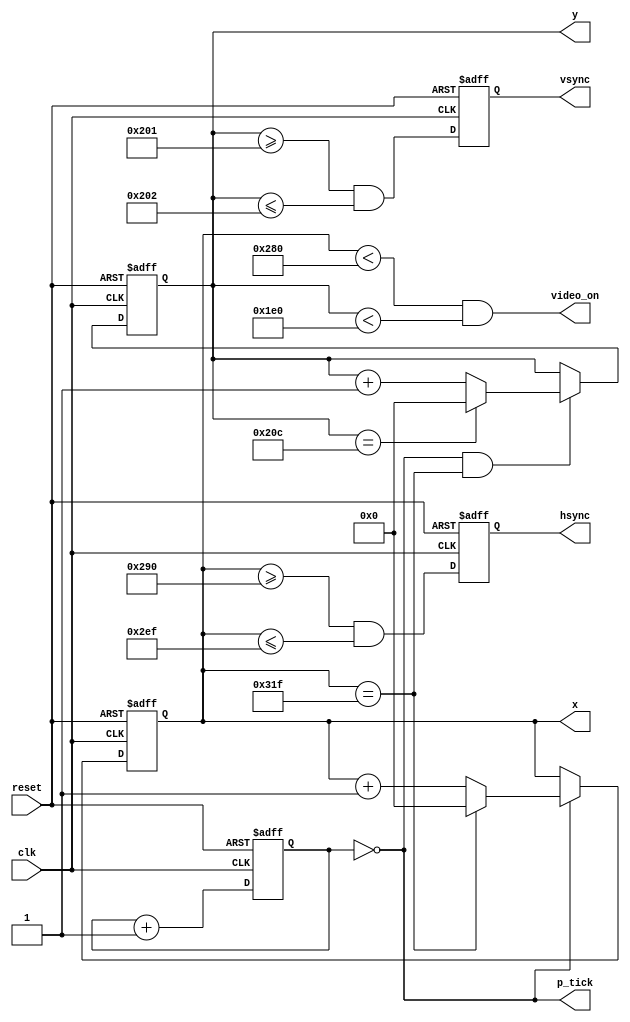
`timescale 1ns / 1ps
//////////////////////////////////////////////////////////////////////////////////
// Company: 
// Engineer: 
// 
// Design Name: 
// Module Name: vga_sync
// Project Name: 
// Target Devices: 
// Tool Versions: 
// Description: 
// 
// Dependencies: 
// 
// Revision:
// Revision 0.01 - File Created
// Additional Comments:
// 
//////////////////////////////////////////////////////////////////////////////////

// from https://embeddedthoughts.com/2016/07/29/driving-a-vga-monitor-using-an-fpga/
// there are vga_sync and vga_test
// modify something in vga_test

module vga_sync(
    input wire clk, reset,
    output wire hsync, vsync, video_on, p_tick,
    output wire [9:0] x, y
	);
	
	// constant declarations for VGA sync parameters
	localparam H_DISPLAY       = 640; // horizontal display area
	localparam H_L_BORDER      =  48; // horizontal left border
	localparam H_R_BORDER      =  16; // horizontal right border
	localparam H_RETRACE       =  96; // horizontal retrace
	localparam H_MAX           = H_DISPLAY + H_L_BORDER + H_R_BORDER + H_RETRACE - 1;
	localparam START_H_RETRACE = H_DISPLAY + H_R_BORDER;
	localparam END_H_RETRACE   = H_DISPLAY + H_R_BORDER + H_RETRACE - 1;
	
	localparam V_DISPLAY       = 480; // vertical display area
	localparam V_T_BORDER      =  10; // vertical top border
	localparam V_B_BORDER      =  33; // vertical bottom border
	localparam V_RETRACE       =   2; // vertical retrace
	localparam V_MAX           = V_DISPLAY + V_T_BORDER + V_B_BORDER + V_RETRACE - 1;
    localparam START_V_RETRACE = V_DISPLAY + V_B_BORDER;
	localparam END_V_RETRACE   = V_DISPLAY + V_B_BORDER + V_RETRACE - 1;
	
	// mod-4 counter to generate 25 MHz pixel tick
	reg [1:0] pixel_reg;
	wire [1:0] pixel_next;
	wire pixel_tick;
	
	always @(posedge clk, posedge reset)
		if(reset) pixel_reg <= 0;
		else pixel_reg <= pixel_next;
	
	assign pixel_next = pixel_reg + 1; // increment pixel_reg 
	
	assign pixel_tick = (pixel_reg == 0); // assert tick 1/4 of the time
	
	// registers to keep track of current pixel location
	reg [9:0] h_count_reg, h_count_next, v_count_reg, v_count_next;
	
	// register to keep track of vsync and hsync signal states
	reg vsync_reg, hsync_reg;
	wire vsync_next, hsync_next;
 
	// infer registers
	always @(posedge clk, posedge reset)
		if(reset) begin
            v_count_reg <= 0;
            h_count_reg <= 0;
            vsync_reg   <= 0;
            hsync_reg   <= 0;
		end
		else begin
            v_count_reg <= v_count_next;
            h_count_reg <= h_count_next;
            vsync_reg   <= vsync_next;
            hsync_reg   <= hsync_next;
		end
			
	// next-state logic of horizontal vertical sync counters
	always @* begin
		h_count_next = pixel_tick ? 
		               h_count_reg == H_MAX ? 0 : h_count_reg + 1
			         : h_count_reg;
		
		v_count_next = pixel_tick && h_count_reg == H_MAX ? 
		               (v_count_reg == V_MAX ? 0 : v_count_reg + 1) 
			         : v_count_reg;
    end
    
    // hsync and vsync are active low signals
    // hsync signal asserted during horizontal retrace
    assign hsync_next = (h_count_reg >= START_H_RETRACE) && (h_count_reg <= END_H_RETRACE);

    // vsync signal asserted during vertical retrace
    assign vsync_next = (v_count_reg >= START_V_RETRACE) && (v_count_reg <= END_V_RETRACE);

    // video only on when pixels are in both horizontal and vertical display region
    assign video_on = (h_count_reg < H_DISPLAY) && (v_count_reg < V_DISPLAY);

    // output signals
    assign hsync  = hsync_reg;
    assign vsync  = vsync_reg;
    assign x      = h_count_reg;
    assign y      = v_count_reg;
    assign p_tick = pixel_tick;
endmodule


////////////////////////////////////////////////
module vga_test(
    input wire clk,
    input wire [11:0] sw,
    input wire [1:0] push,
    output wire hsync, vsync,
    output wire [11:0] rgb
	);
	
	parameter WIDTH = 640;
	parameter HEIGHT = 480;
	
	// register for Basys 3 12-bit RGB DAC 
	reg [11:0] rgb_reg;
	reg reset = 0;
	wire [9:0] x, y;
	
	// video status output from vga_sync to tell when to route out rgb signal to DAC
	wire video_on;
	wire p_tick;

    // instantiate vga_sync
    vga_sync vga_sync_unit (
        .clk(clk), .reset(reset), 
        .hsync(hsync), .vsync(vsync), .video_on(video_on), .p_tick(p_tick), 
        .x(x), .y(y)
        );
        
    // compute gradient
    reg state = 0;
	reg [11:0] top_color = 0;
	always @(posedge clk) begin
	   if (push[0]) state = !state; // change direction
	   if (push[1]) top_color <= sw; // load more color to gradient
	end

	always @(posedge p_tick) // merge 2 colors with weighted average
		if (!state) begin // vertical band
			rgb_reg[3:0] <= (((WIDTH - x) * sw[3:0]) + (x * top_color[3:0])) / WIDTH; //B
			rgb_reg[7:4] <= (((WIDTH - x) * sw[7:4]) + (x * top_color[7:4])) / WIDTH; //G
			rgb_reg[11:8] <= (((WIDTH - x) * sw[11:8]) + (x * top_color[11:8])) / WIDTH; //R
		end
		else begin // horizontal band
			rgb_reg[3:0] <= (((HEIGHT - y) * sw[3:0]) + (y * top_color[3:0])) / HEIGHT;
			rgb_reg[7:4] <= (((HEIGHT - y) * sw[7:4]) + (y * top_color[7:4])) / HEIGHT;
			rgb_reg[11:8] <= (((HEIGHT - y) * sw[11:8]) + (y * top_color[11:8])) / HEIGHT;
		end
    
    // output
    assign rgb = (video_on) ? rgb_reg : 12'b0;
endmodule